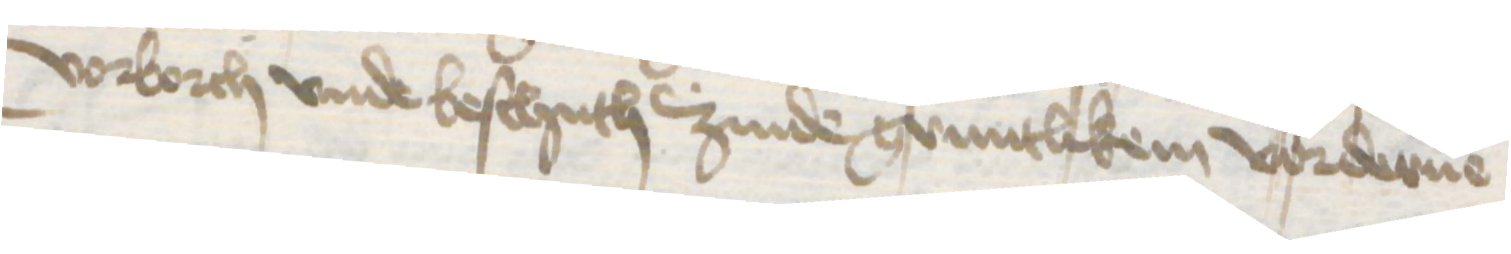
vorborch vnde beschuth zinde gruntlikem vorderue